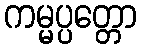
ကမ္မပ္ပတ္တော